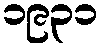
၁၉၃၁